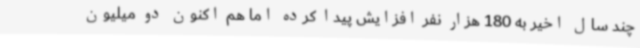
چند سال اخیر به 180 هزار نفر افزایش پیدا کرده اما هم اکنون دو میلیون